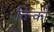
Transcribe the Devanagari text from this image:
तिन्को